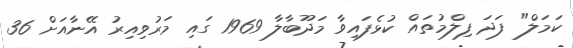
ކަމަލް" ފަދަ ފިލްމުތައް ކުޅެފައިވާ މަދޫބާލާ 1969 ގައި މަރުވިއިރު އޭނާއަށް 36